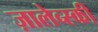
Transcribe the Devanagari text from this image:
ज़ालेव्स्की